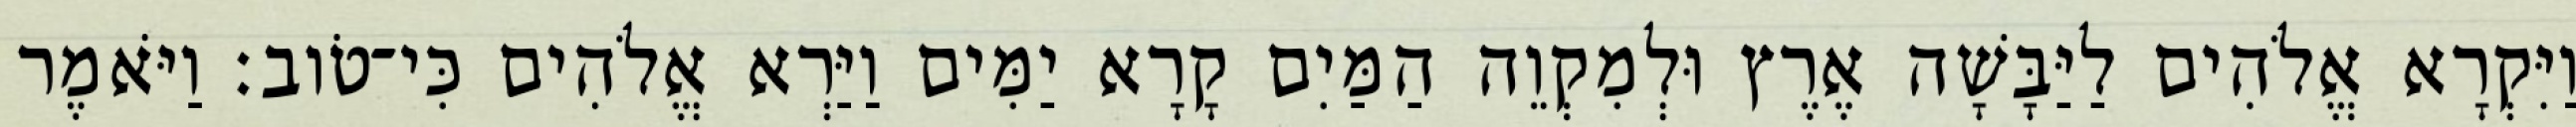
וַיִּקְרָא אֱלֹהִים לַיַּבָּשָׁה אֶרֶץ וּלְמִקְוֵה הַמַּיִם קָרָא יַמִּים וַיַּרְא אֱלֹהִים כִּי־טֹוב׃ וַיֹּאמֶר